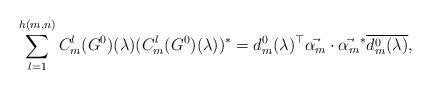
LaTeX: \begin{align*} \sum_{l=1}^{h(m,n)}C_{m}^{l}(G^{0})(\lambda)(C_{m}^{l}(G^{0})(\lambda))^{*}=d_{m}^{0} (\lambda )^{\top} \vec{\alpha_{m}}\cdot \vec{\alpha_{m}}^{*}\overline{d_{m}^{0} (\lambda )},\end{align*}